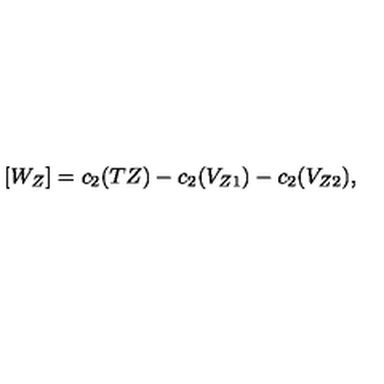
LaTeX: [ W _ { Z } ] = c _ { 2 } ( T Z ) - c _ { 2 } ( V _ { Z 1 } ) - c _ { 2 } ( V _ { Z 2 } ) ,